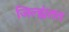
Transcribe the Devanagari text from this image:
जिल्ह्यंतत